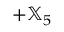
+ { \mathbb X } _ { 5 }